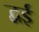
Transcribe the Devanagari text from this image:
द्वई